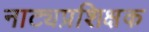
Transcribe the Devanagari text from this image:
नाट्यप्रशिक्षक